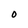
Character: O